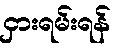
ငှားရမ်းရန်